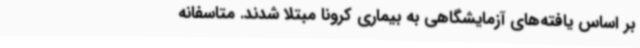
بر اساس یافته‌های آزمایشگاهی به بیماری کرونا مبتلا شدند. متاسفانه